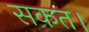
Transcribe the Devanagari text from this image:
सकत।